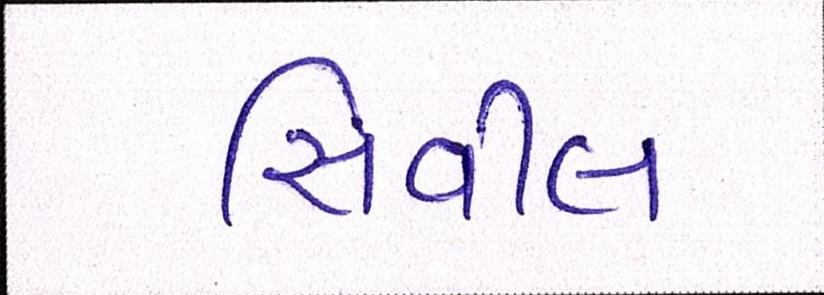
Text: સિવીલ